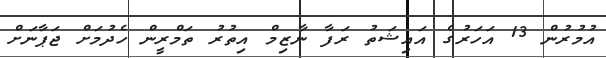
އުމުރުން 13 އަހަރުގެ އައިޝަތު ރަފާ ނާޒިމް އިތުރު ތަމްރީން ހެދުމަށް ޖަޕާނަށް